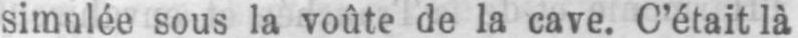
sous la voûte de la cave. C’était là